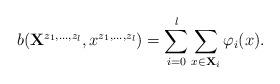
LaTeX: \begin{align*}b(\mathbf{X}^{z_1, \dots, z_l}, x^{z_1,\dots,z_l}) = \sum_{i=0}^l \sum_{x \in \mathbf{X}_i} \varphi_i(x).\end{align*}